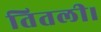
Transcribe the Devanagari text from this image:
तितली।